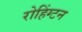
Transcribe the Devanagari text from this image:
रोहिंग्टन